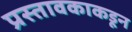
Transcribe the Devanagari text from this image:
प्रस्तावकाकडून